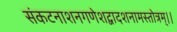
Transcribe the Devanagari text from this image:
संकटनाशनगणेशद्वादशनामस्तोत्रम्।।